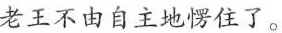
老王不由自主地愣住了。